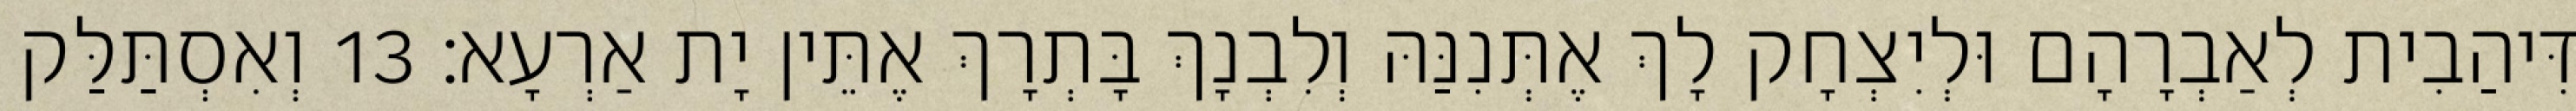
דִּיהַבִית לְאַבְרָהָם וּלְיִצְחָק לָךְ אֶתְּנִנַּהּ וְלִבְנָךְ בָּתְרָךְ אֶתֵּין יָת אַרְעָא׃ 13 וְאִסְתַּלַּק